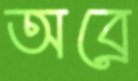
অব্রে